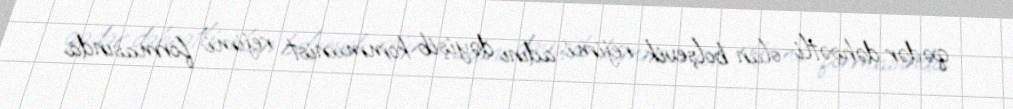
qədər dəhşətli olan bolşevik rejimi adını dəyişib kommunist rejimi formasında